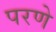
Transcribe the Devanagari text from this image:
परणे